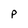
Character: P